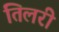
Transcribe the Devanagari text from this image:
तिलरी